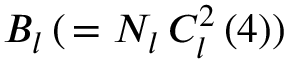
B _ { l } \, ( \, = N _ { l } \, C _ { l } ^ { 2 } \left( 4 \right) )